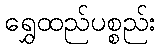
ရွှေထည်ပစ္စည်း